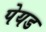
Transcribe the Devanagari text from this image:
पेयड